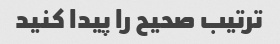
ترتیب صحیح را پیدا کنید